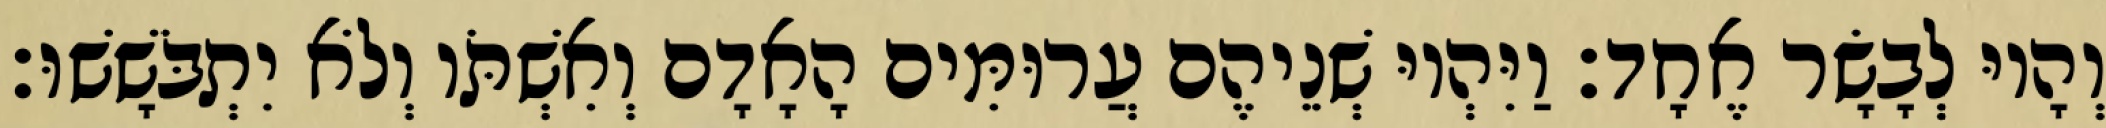
וְהָיוּ לְבָשָׂר אֶחָד׃ וַיִּהְיוּ שְׁנֵיהֶם עֲרוּמִּים הָאָדָם וְאִשְׁתֹּו וְלֹא יִתְבֹּשָׁשׁוּ׃